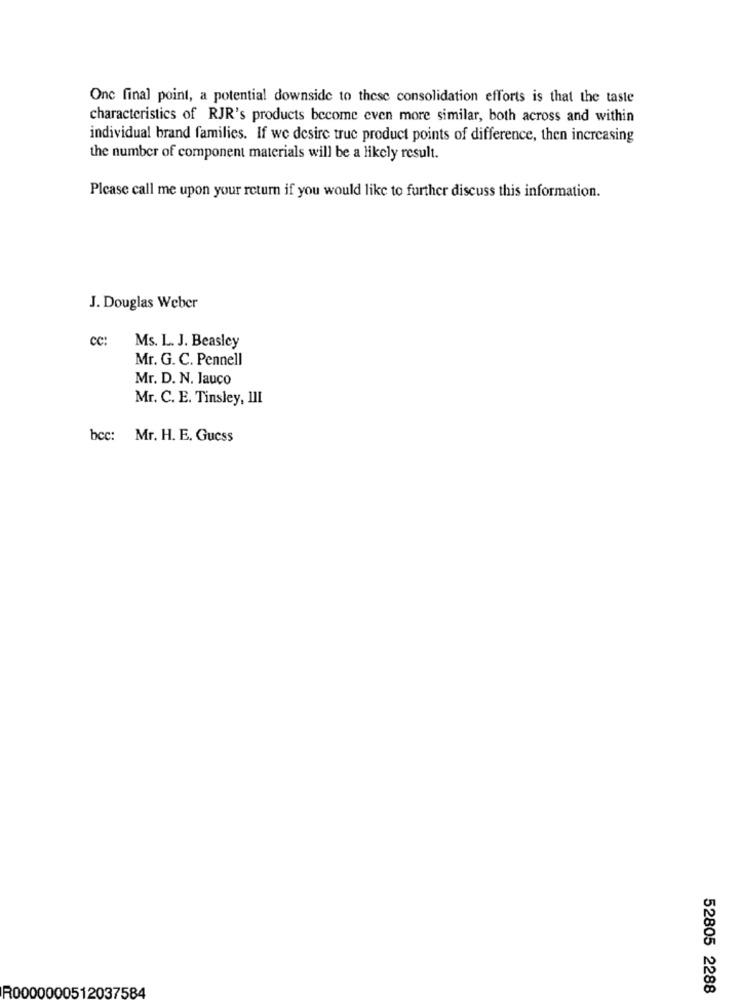
One final point, a potential downside to these consolidation efforts is that the taste
characteristics of RJR's products become even more similar, both across and within
individual brand families. If we desire true product points of difference, then increasing
the number of component materials will be a likely result.
Please call me upon your return if you would like to further discuss this information.
J. Douglas Weber
CC:
Ms. L. J. Beasley
Mr. G. C. Pennell
Mr. D. N. Jauco
Mr. C. E. Tinsley, III
bcc: Mr. H. E. Guess
52805 2288
R0000000512037584